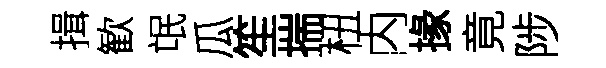
揖歓氓瓜笙揣杻内掾竟陟